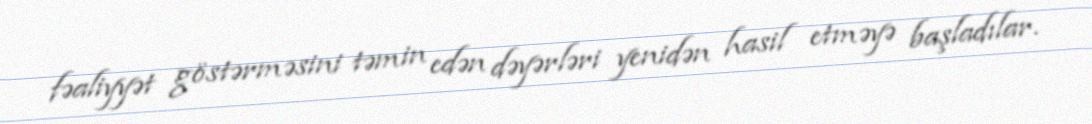
fəaliyyət göstərməsini təmin edən dəyərləri yenidən hasil etməyə başladılar.